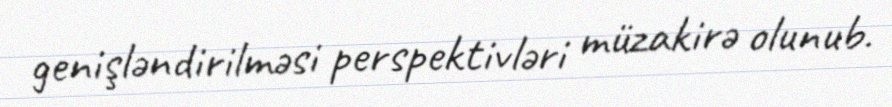
genişləndirilməsi perspektivləri müzakirə olunub.